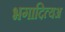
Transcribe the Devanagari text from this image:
भगादित्यअ